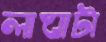
লাঘাটা